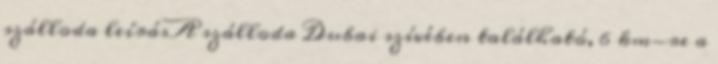
szálloda leírásA szálloda Dubai szívében található, 6 km-re a